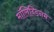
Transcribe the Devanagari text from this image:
मॉलिब्डिनम